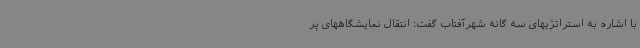
با اشاره به استراتژیهای سه گانه شهرآفتاب گفت: انتقال نمایشگاههای پر